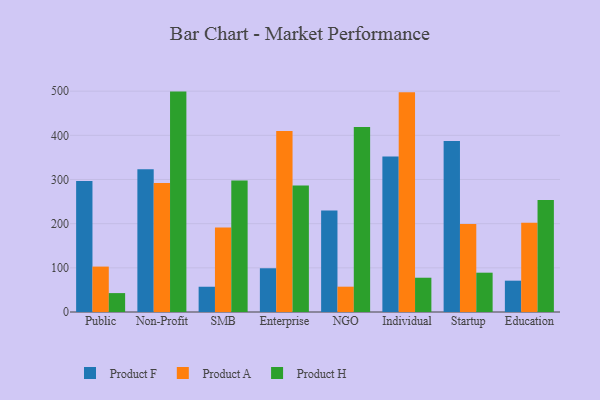
{"axis": {"x": "Segment", "y": "Active Users"}, "legend": ["Product A", "Product F", "Product H"], "data": [{"x": "Public", "y": 296.4, "type": "Product F"}, {"x": "Public", "y": 102.8, "type": "Product A"}, {"x": "Public", "y": 42.8, "type": "Product H"}, {"x": "Non-Profit", "y": 323.0, "type": "Product F"}, {"x": "Non-Profit", "y": 291.9, "type": "Product A"}, {"x": "Non-Profit", "y": 499.0, "type": "Product H"}, {"x": "SMB", "y": 57.2, "type": "Product F"}, {"x": "SMB", "y": 191.3, "type": "Product A"}, {"x": "SMB", "y": 297.6, "type": "Product H"}, {"x": "Enterprise", "y": 99.0, "type": "Product F"}, {"x": "Enterprise", "y": 409.9, "type": "Product A"}, {"x": "Enterprise", "y": 286.6, "type": "Product H"}, {"x": "NGO", "y": 229.6, "type": "Product F"}, {"x": "NGO", "y": 57.3, "type": "Product A"}, {"x": "NGO", "y": 418.9, "type": "Product H"}, {"x": "Individual", "y": 352.1, "type": "Product F"}, {"x": "Individual", "y": 497.7, "type": "Product A"}, {"x": "Individual", "y": 77.6, "type": "Product H"}, {"x": "Startup", "y": 387.4, "type": "Product F"}, {"x": "Startup", "y": 199.2, "type": "Product A"}, {"x": "Startup", "y": 89.0, "type": "Product H"}, {"x": "Education", "y": 70.9, "type": "Product F"}, {"x": "Education", "y": 201.8, "type": "Product A"}, {"x": "Education", "y": 253.4, "type": "Product H"}]}